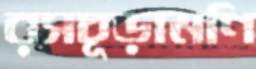
রসচূড়ামণি